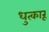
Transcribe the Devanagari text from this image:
धुत्कारू